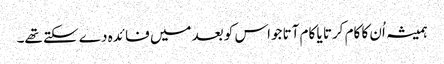
ہمیشہ اُن کا کام کرتا یا کام آتا جواس کو بعد میں فا ئدہ دے سکتے تھے۔